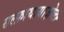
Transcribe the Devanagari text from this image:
सल्फ़ाथायाज़ोल